Report of the veterinary officer investigating camel disease
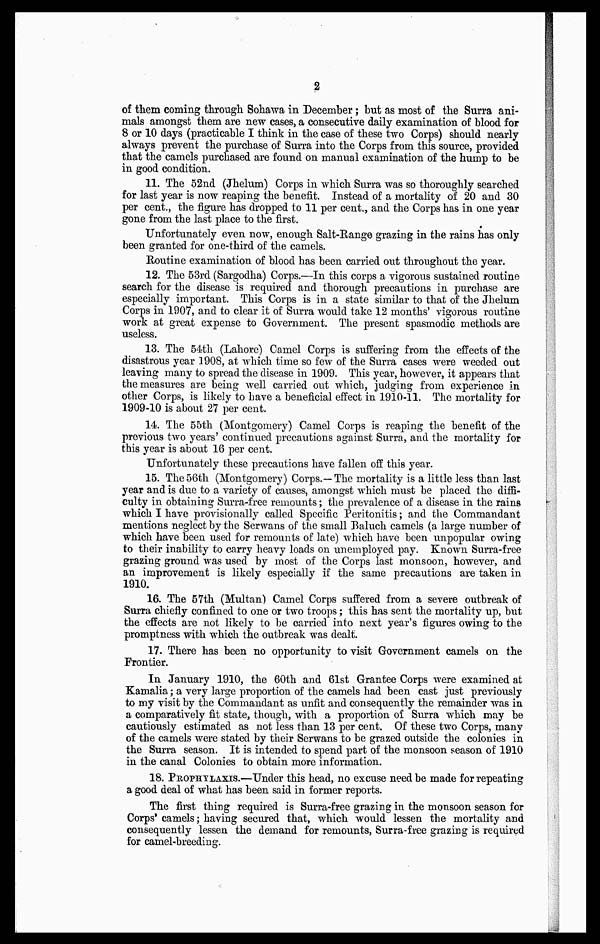
2
of them coming through Sohawa in December ; but as most of the Surra ani-
mals amongst them are new cases, a consecutive daily examination of blood for
8 or 10 days (practicable I think in the case of these two Corps) should nearly
always prevent the purchase of Surra into the Corps from this source, provided
that the camels purchased are found on manual examination of the hump to be
in good condition.
11. The 52nd (Jhelum) Corps in which Surra was so thoroughly searched
for last year is now reaping the benefit. Instead of a mortality of 20 and 30
per cent., the figure has dropped to 11 per cent., and the Corps has in one year
gone from the last place to the first.
Unfortunately even now, enough Salt-Range grazing in the rains has only
been granted for one-third of the camels.
Routine examination of blood has been carried out throughout the year.
12. The 53rd (Sargodha) Corps.—In this corps a vigorous sustained routine
search for the disease is required and thorough precautions in purchase are
especially important. This Corps is in a state similar to that of the Jhelum
Corps in 1907, and to clear it of Surra would take 12 months' vigorous routine
work at great expense to Government. The present spasmodic methods are
useless.
13. The 54th (Lahore) Camel Corps is suffering from the effects of the
disastrous year 1908, at which time so few of the Surra cases were weeded out
leaving many to spread the disease in 1909. This year, however, it appears that
the measures are being well carried out which, judging from experience in
other Corps, is likely to have a beneficial effect in 1910-11. The mortality for
1909-10 is about 27 per cent.
14. The 55th (Montgomery) Camel Corps is reaping the benefit of the
previous two years' continued precautions against Surra, and the mortality for
this year is about 16 per cent.
Unfortunately these precautions have fallen off this year.
15. The 56th (Montgomery) Corps.—The mortality is a little less than last
year and is due to a variety of causes, amongst which must be placed the diffi-
culty in obtaining Surra-free remounts ; the prevalence of a disease in the rains
which I have provisionally called Specific Peritonitis ; and the Commandant
mentions neglect by the Serwans of the small Baluch camels (a large number of
which have been used for remounts of late) which have been unpopular owing
to their inability to carry heavy loads on unemployed pay. Known Surra-free
grazing ground was used by most of the Corps last monsoon, however, and
an improvement is likely especially if the same precautions are taken in
1910.
16. The 57th (Multan) Camel Corps suffered from a severe outbreak of
Surra chiefly confined to one or two troops ; this has sent the mortality up, but
the effects are not likely to be carried into next year's figures owing to the
promptness with which the outbreak was dealt.
17. There has been no opportunity to visit Government camels on the
Frontier.
In January 1910, the 60th and 61st Grantee Corps were examined at
Kamalia ; a very large proportion of the camels had been east just previously
to my visit by the Commandant as unfit and consequently the remainder was in
a comparatively fit state, though, with a proportion of Surra which may be
cautiously estimated as not less than 13 per cent. Of these two Corps, many
of the camels were stated by their Serwans to be grazed outside the colonies in
the Surra season. It is intended to spend part of the monsoon season of 1910
in the canal Colonies to obtain more information.
18. PROPHYLAXIS.—Under this head, no excuse need be made for repeating
a good deal of what has been said in former reports.
The first thing required is Surra-free grazing in the monsoon season for
Corps' camels ; having secured that, which would lessen the mortality and
consequently lessen the demand for remounts, Surra-free grazing is required
for camel-breeding.